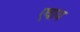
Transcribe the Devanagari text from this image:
एवाय